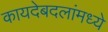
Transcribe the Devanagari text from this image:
कायदेबदलांमध्ये